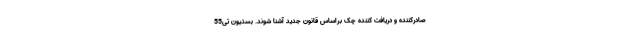
صادرکننده و دریافت کننده چک براساس قانون جدید آشنا شوند. بستیون تی55